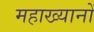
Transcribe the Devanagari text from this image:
महाख्यानों